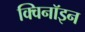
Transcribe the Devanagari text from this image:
क्विनॉइन